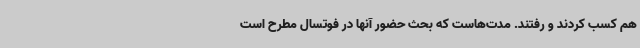
هم کسب کردند و رفتند. مدت‌هاست که بحث حضور آنها در فوتسال مطرح است